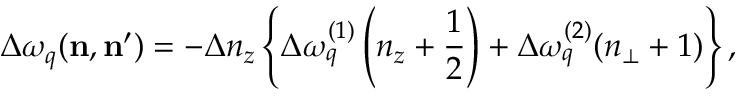
\Delta \omega _ { q } ( \mathbf { n } , \mathbf { n ^ { \prime } } ) = - \Delta n _ { z } \left\{ \Delta \omega _ { q } ^ { ( 1 ) } \left( n _ { z } + \frac { 1 } { 2 } \right) + \Delta \omega _ { q } ^ { ( 2 ) } ( n _ { \bot } + 1 ) \right\} ,